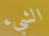
الشيء